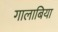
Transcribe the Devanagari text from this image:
गालाबिया